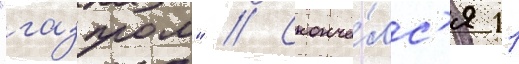
"газпром" // Сконча́лс'я 11